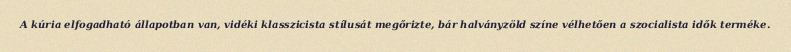
A kúria elfogadható állapotban van, vidéki klasszicista stílusát megőrizte, bár halványzöld színe vélhetően a szocialista idők terméke.